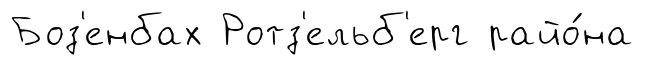
Боз'енбах Ротз'ельб'ерг райо́на